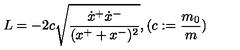
L = - 2 c \sqrt { \frac { \dot { x } ^ { + } \dot { x } ^ { - } } { ( x ^ { + } + x ^ { - } ) ^ { 2 } } } , ( c : = \frac { m _ { 0 } } { m } )